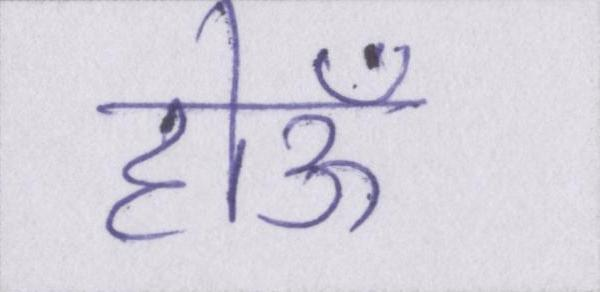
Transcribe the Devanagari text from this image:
होऊँ